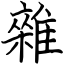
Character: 雜